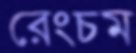
রেংচম